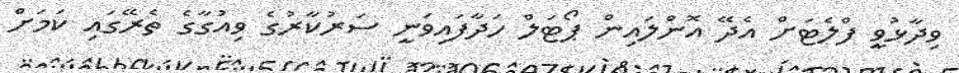
ވިދާޅުވީ ފްލެޓަށް އެދޭ އޮންލައިން ޕޯޓަލް ހަދާފައިވަނީ ސަރުކާރުގެ ވިއުގާގެ ތެރޭގައި ކަމަށް